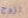
تزوج